Annual report of the Imperial Bacteriologist
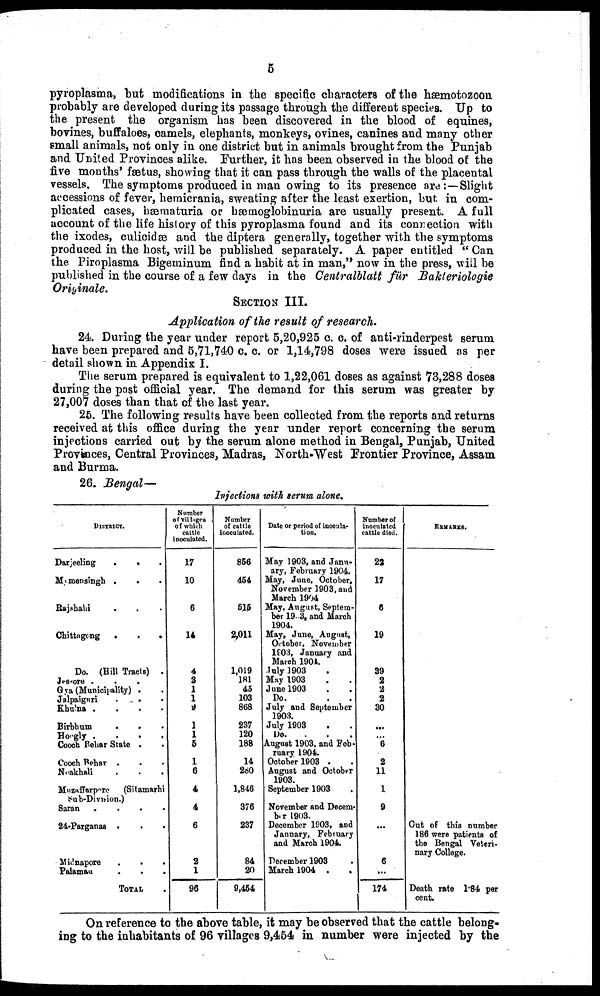
5
pyroplasma, but modifications in the specific characters of the hæmotozoon
probably are developed during its passage through the different species. Up to
the present the organism has been discovered in the blood of equines,
bovines, buffaloes, camels, elephants, monkeys, ovines, canines and many other
small animals, not only in one district but in animals brought from the Punjab
and United Provinces alike. Further, it has been observed in the blood of the
five months' fætus, showing that it can pass through the walls of the placental
vessels. The symptoms produced in man owing to its presence are:—Slight
accessions of fever, hæmicrania, sweating after the least exertion, but in com-
plicated cases, hæmaturia or hæmoglobinuria are usually present. A full
account of the life history of this pyroplasma found and its connection with
the ixodes, culicidæ and the diptera generally, together with the symptoms
produced in the host, will be published separately. A paper entitled "Can
the Piroplasma Bigeminum find a habit at in man," now in the press, will be
published in the course of a few days in the Centralblatt für
Bakteriologie
Originale.
SECTION III.
Application of the result of research.
24. During the year under report 5,20,925 c. c. of anti-rinderpest serum
have been prepared and 5,71,740 c. c. or 1,14,798 doses were issued as per
detail shown in Appendix I.
The serum prepared is equivalent to 1,22,061 doses as against 73,288 doses
during the past official year. The demand for this serum was greater by
27,007 doses than that of the last year.
25. The following results have been collected from the reports and returns
received at this office during the year under report concerning the serum
injections carried out by the serum alone method in Bengal, Punjab, United
Provinces, Central Provinces, Madras, North-West Frontier Province, Assam
and Burma.
26. Bengal—
Injections with serum alone.
DISTRICT.
Darjeeling
. . .
Mymensingh . . .
Rajshahi . . .
Chittagong
.
.
.
Do. (Hill Tracts) .
Jessore .
Gya (Municipality) .
Jalpaiguri
.
.
Khulna
....
Birbhum
.
.
Hoogly
....
Coock Behar State .
Cooch Behar .
Neakhali
.
.
.
Muzaffarpore
(Sitamarhi
Sub-Division.)
Saran
....
24-Parganas . . .
Midnapore
.
.
.
Palamau . . .
TOTAL
Number
of villages
of which
cattle
inoculated.
17
10
6
14
4
3
1
1
9
1
1
5
1
6
4
4
6
2
1
96
Number
of cattle
inoculated.
856
454
515
2,011
1,019
181
45
103
868
237
120
188
14
280
1,846
376
237
84
20
9,454
Date or period of inocula-
tion.
May 1903, and Janu-
ary, February 1904.
May, June, October,
November 1903, and
March 1904
May, August, Septem-
ber 1903, and March
1904.
May, June, August,
October, November
1903, January and
March 1904.
July 1903
May 1903
June 1903
Do.
July and September
1903.
July 1903
Do.
August 1903, and Feb-
ruary 1904.
October 1903 .
August and October
1903.
September 1903
November and Decem¬
ber 1903.
December 1903, and
January, February
and March 1904.
December 1903
March 1904 .
Number of
inoculated
cattle died.
22
17
6
19
39
2
2
2
30
...
...
6
2
11
1
9
6
...
174
REMARKS.
Cut of this number
186 were patients of
the Bengal Veteri-
nary College.
Death rate 1.84 per
cent.
On reference to the above table, it may be observed that the cattle belong-
ing to the inhabitants of 96 villages 9,454 in number were injected by the